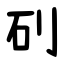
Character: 矵